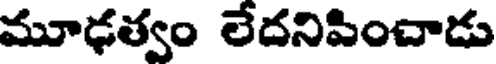
మూఢత్వం లేదనిపించాడు